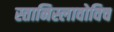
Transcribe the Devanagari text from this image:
स्तानिस्लावोविच